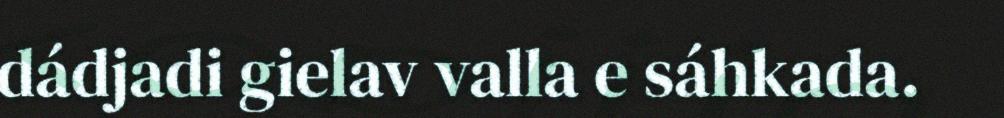
dádjadi gielav valla e sáhkada.